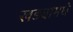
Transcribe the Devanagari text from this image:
खड्यामधे